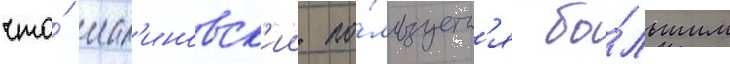
что́ мал'иновск'ии по́льзуетс'я бо́льшим